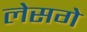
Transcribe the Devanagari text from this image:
लेसगे